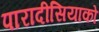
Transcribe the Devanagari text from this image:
पारादीसियाको